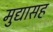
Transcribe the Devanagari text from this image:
मुद्यासह